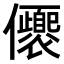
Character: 𠑚